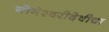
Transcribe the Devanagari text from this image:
योगेश्वरीदेवीचा